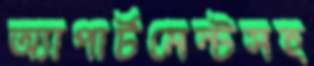
অ্যাপার্টমেন্টসহ